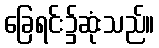
ခြေရင်း၌ဆုံးသည်။